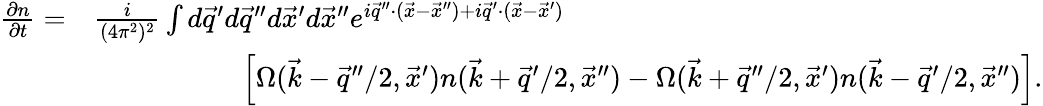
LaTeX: \begin{array}{rl}{\frac{\partial n}{\partial t}=}&{\frac{i}{(4\pi^{2})^{2}}\int d\vec{q}^{\prime}d\vec{q}^{\prime\prime}d\vec{x}^{\prime}d\vec{x}^{\prime\prime}e^{i\vec{q}^{\prime\prime}\cdot(\vec{x}-\vec{x}^{\prime\prime})+i\vec{q}^{\prime}\cdot(\vec{x}-\vec{x}^{\prime})}}\\ &{\ \ \ \ \ \ \ \ \ \ \ \ \ \ \ \ \ \ \ \ \ \Big[\Omega(\vec{k}-\vec{q}^{\prime\prime}/2,\vec{x}^{\prime})n(\vec{k}+\vec{q}^{\prime}/2,\vec{x}^{\prime\prime})-\Omega(\vec{k}+\vec{q}^{\prime\prime}/2,\vec{x}^{\prime})n(\vec{k}-\vec{q}^{\prime}/2,\vec{x}^{\prime\prime})\Big].}\end{array}